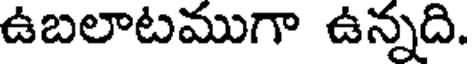
ఉబలాటముగా ఉన్నది.